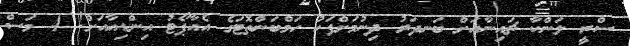
ސްރީ ލަންކާ ޗައިނާއަށް ބަނދަރު ދިނުމަށްފަހު ހަމްބަންތޮޓަގެ އެއާޕޯޓު އިންޑިއާއަށް! 4 މަސް